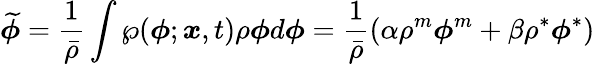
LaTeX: \widetilde{\boldsymbol{\phi}}=\frac{1}{\bar{\rho}}\int\wp(\boldsymbol{\phi};\boldsymbol{x},t)\rho\boldsymbol{\phi}d\boldsymbol{\phi}=\frac{1}{\bar{\rho}}\left(\alpha\rho^{m}\boldsymbol{\phi}^{m}+\beta\rho^{*}\boldsymbol{\phi}^{*}\right)